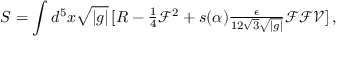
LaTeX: S = \int d ^ { 5 } x \sqrt { | g | } \, [ R - { \textstyle \frac { 1 } { 4 } } \mathcal { F } ^ { 2 } + s ( \alpha ) { \textstyle \frac { \epsilon } { 1 2 \sqrt { 3 } \sqrt { | g | } } } \mathcal { F } \mathcal { F } \mathcal { V } ] \, ,